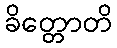
ခိတ္တောတိ